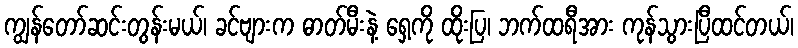
ကျွန်တော်ဆင်းတွန်းမယ်၊ ခင်ဗျားက ဓာတ်မီးနဲ့ ရှေ့ကို ထိုးပြ၊ ဘက်ထရီအား ကုန်သွားပြီထင်တယ်၊